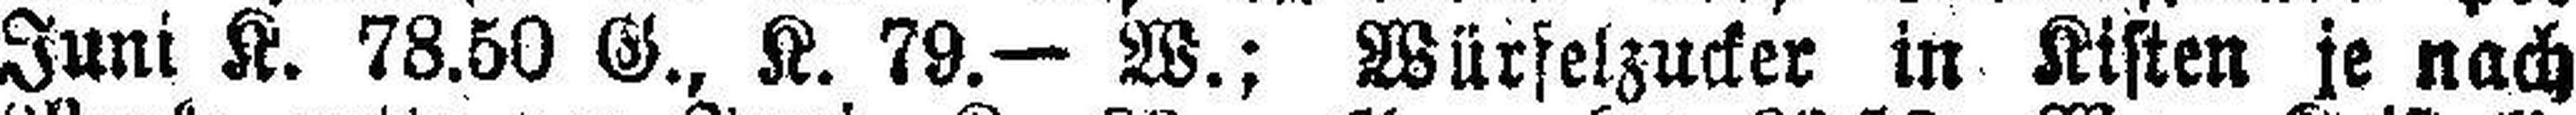
Juni K. 78.50 G., K. 79. - W.: Würfelzucker in Kisten je nach